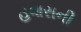
હવાસની